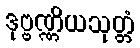
ဒုဗ္ဗဏ္ဏိယသုတ္တံ